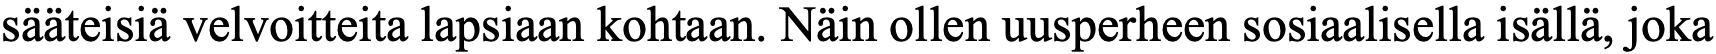
sääteisiä velvoitteita lapsiaan kohtaan. Näin ollen uusperheen sosiaalisella isällä, joka